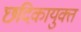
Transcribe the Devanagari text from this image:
छदिकायुक्त